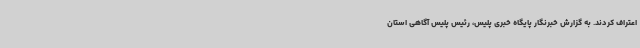
اعتراف کردند. به گزارش خبرنگار پایگاه خبری پلیس، رئیس پلیس آگاهی استان